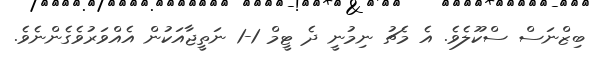
ބިޒްނަސް ސްކޫލެވެ. އެ މެޗު ނިމުނީ ދެ ޓީމް 1-1 ނަތީޖާއަކުން އެއްވަރުވެގެންނެވެ.